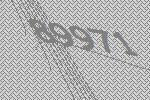
89971